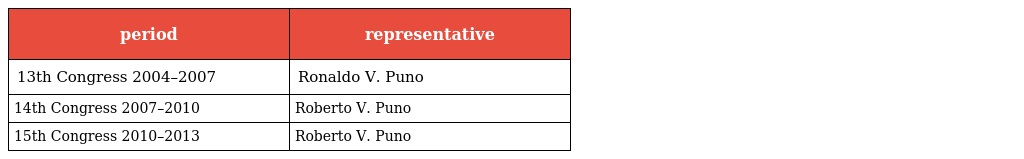
| period | representative |
 | --- | --- |
 | 13th Congress 2004–2007 | Ronaldo V. Puno |
 | 14th Congress 2007–2010 | Roberto V. Puno |
 | 15th Congress 2010–2013 | Roberto V. Puno |